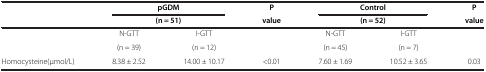
<table><thead><tr><td><b> </b></td><td colspan="2"><b>pGDM</b></td><td><b>P</b></td><td colspan="2"><b>Control</b></td><td><b>P</b></td></tr><tr><td><b> </b></td><td colspan="2"><b>(n = 51)</b></td><td><b>value</b></td><td colspan="2"><b>(n = 52)</b></td><td><b>value</b></td></tr></thead><tbody><tr><td rowspan="2"> </td><td>N-GTT</td><td>I-GTT</td><td> </td><td>N-GTT</td><td>I-GTT</td><td> </td></tr><tr><td>(n = 39)</td><td>(n = 12)</td><td> </td><td>(n = 45)</td><td>(n = 7)</td><td> </td></tr><tr><td>Homocysteine(μmol/L)</td><td>8.38 ± 2.52</td><td>14.00 ± 10.17</td><td>&lt;0.01</td><td>7.60 ± 1.69</td><td>10.52 ± 3.65</td><td>0.03</td></tr></tbody></table>